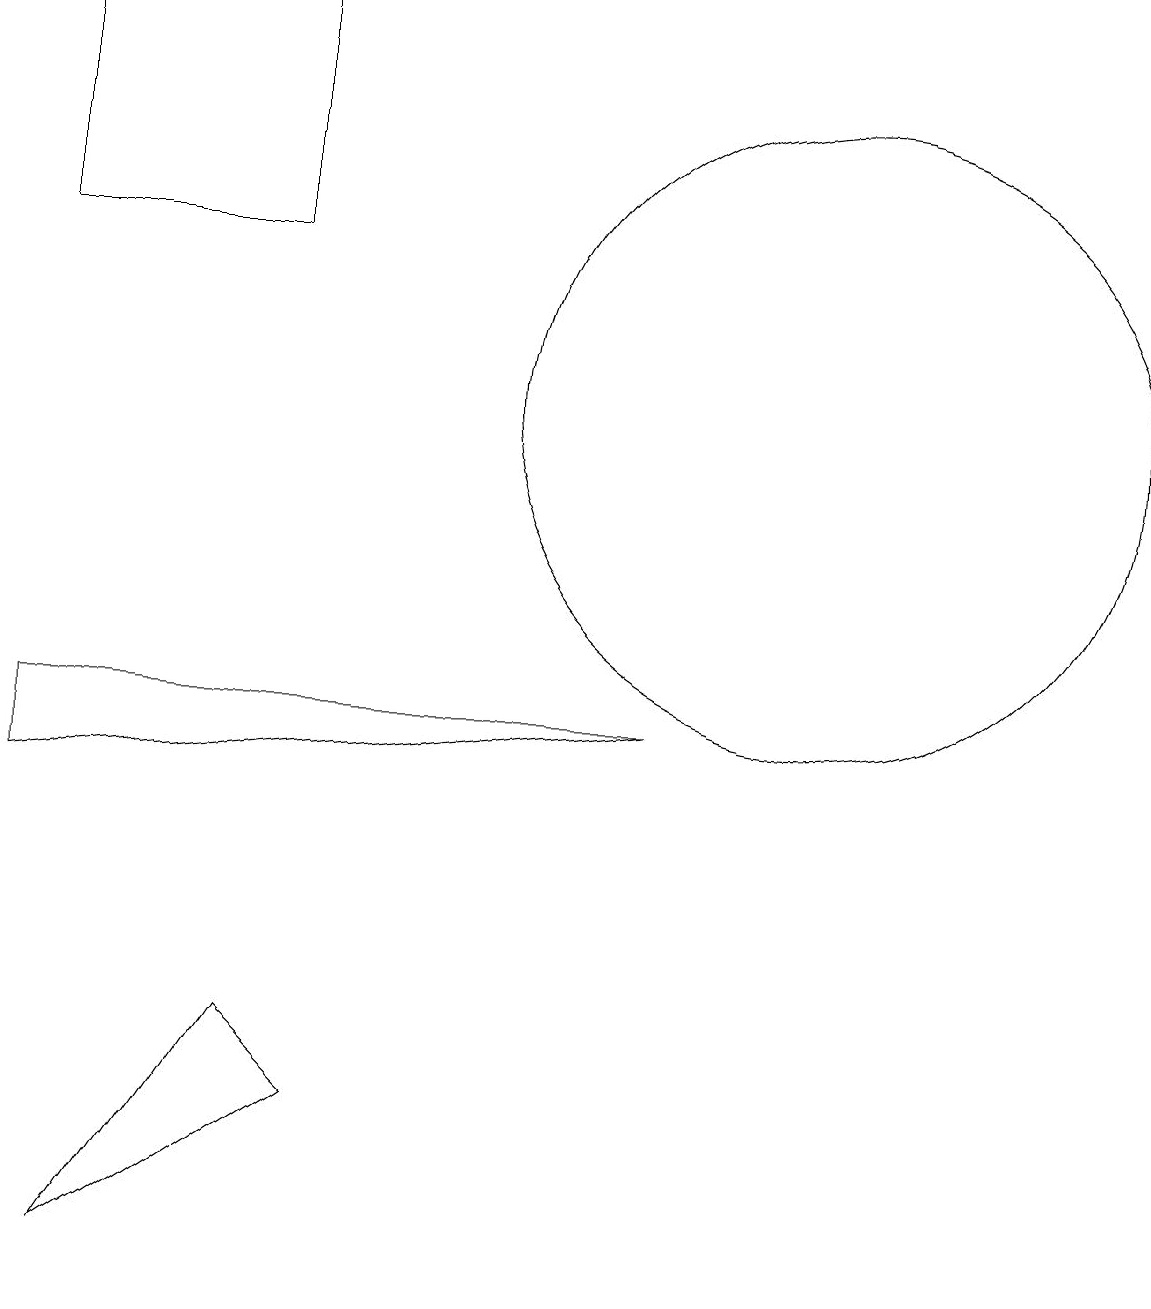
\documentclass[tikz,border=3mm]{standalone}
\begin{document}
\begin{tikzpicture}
\draw (10,12) circle (4);
\draw (8,15) rectangle (8,15);
\draw (4,3) -- (3,4) -- (1,1) -- cycle;
\draw (0,17) rectangle (3,14);
\draw (12,11) circle (0);
\draw (0,8) -- (0,7) -- (8,8) -- cycle;
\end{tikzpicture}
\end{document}